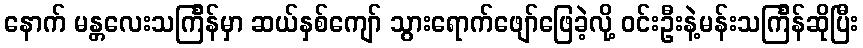
နောက် မန္တလေးသင်္ကြန်မှာ ဆယ်နှစ်ကျော် သွားရောက်ဖျော်ဖြေခဲ့လို့ ဝင်းဦးနဲ့မန်းသင်္ကြန်ဆိုပြီး